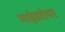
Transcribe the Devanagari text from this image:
माइंडशेयर